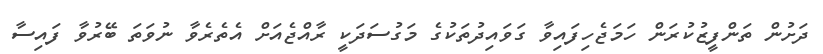
ދަށުން ތަންފީޒުކުރަން ހަމަޖެހިފައިވާ ގަވައިދުތަކުގެ މަގުސަދަކީ ރާއްޖެއަށް އެތެރެވާ ނުވަތަ ބޭރުވާ ފައިސާ